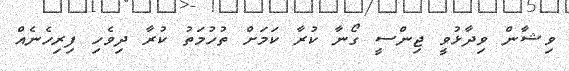
ވިޝާން ވިދާޅުވީ ޖިންސީ ގޯނާ ކުރާ ކަމަށް ތުހުމަތު ކުރާ ދިވެހި ފިރިހެނެއް